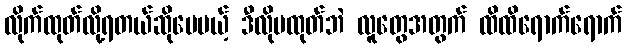
လိုက်ထုတ်လို့ရတယ်ဆိုပေမယ့် ဒီလိုမထုတ်ဘဲ လူတွေအတွက် ထိထိရောက်ရောက်